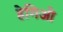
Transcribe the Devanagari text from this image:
हेगिओ